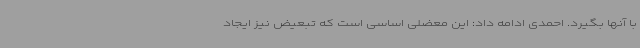
با آنها بگیرد. احمدی ادامه داد: این معضلی اساسی است که تبعیض نیز ایجاد